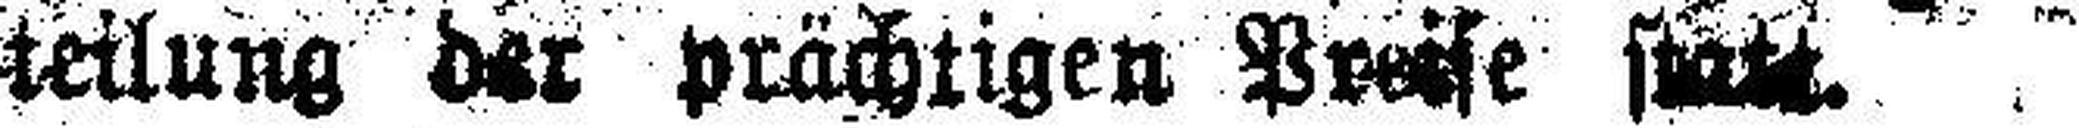
teilung der prächtigen Preise statt.